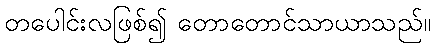
တပေါင်းလဖြစ်၍ တောတောင်သာယာသည်။